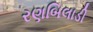
રણબિલાડી